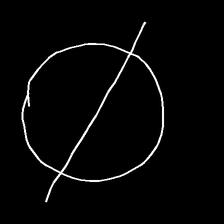
Glyph: orb